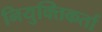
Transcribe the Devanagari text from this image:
नियुक्तिकर्ता